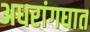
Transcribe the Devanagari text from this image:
अधरांगघात